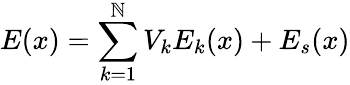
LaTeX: E(x)=\sum_{k=1}^{\mathbb{N}}V_{k}E_{k}(x)+E_{s}(x)